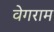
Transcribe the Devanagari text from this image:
वेगराम